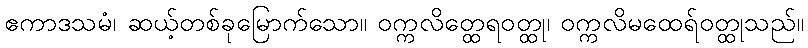
ဧကာဒသမံ၊ ဆယ့်တစ်ခုမြောက်သော။ ဝက္ကလိတ္ထေရဝတ္ထု၊ ဝက္ကလိမထေရ်ဝတ္ထုသည်။